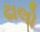
ઢાલો